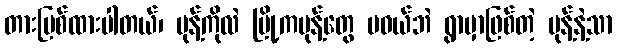
တားမြစ်ထားပါတယ်၊ မုန့်ကိုလဲ မြို့ကမုန့်တွေ မဝယ်ဘဲ ရွာမှာဖြစ်တဲ့ မုန့်နဲ့သာ